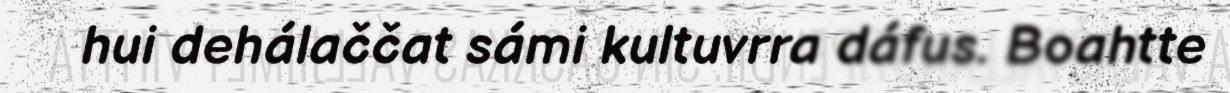
hui dehálaččat sámi kultuvrra dáfus. Boahtte